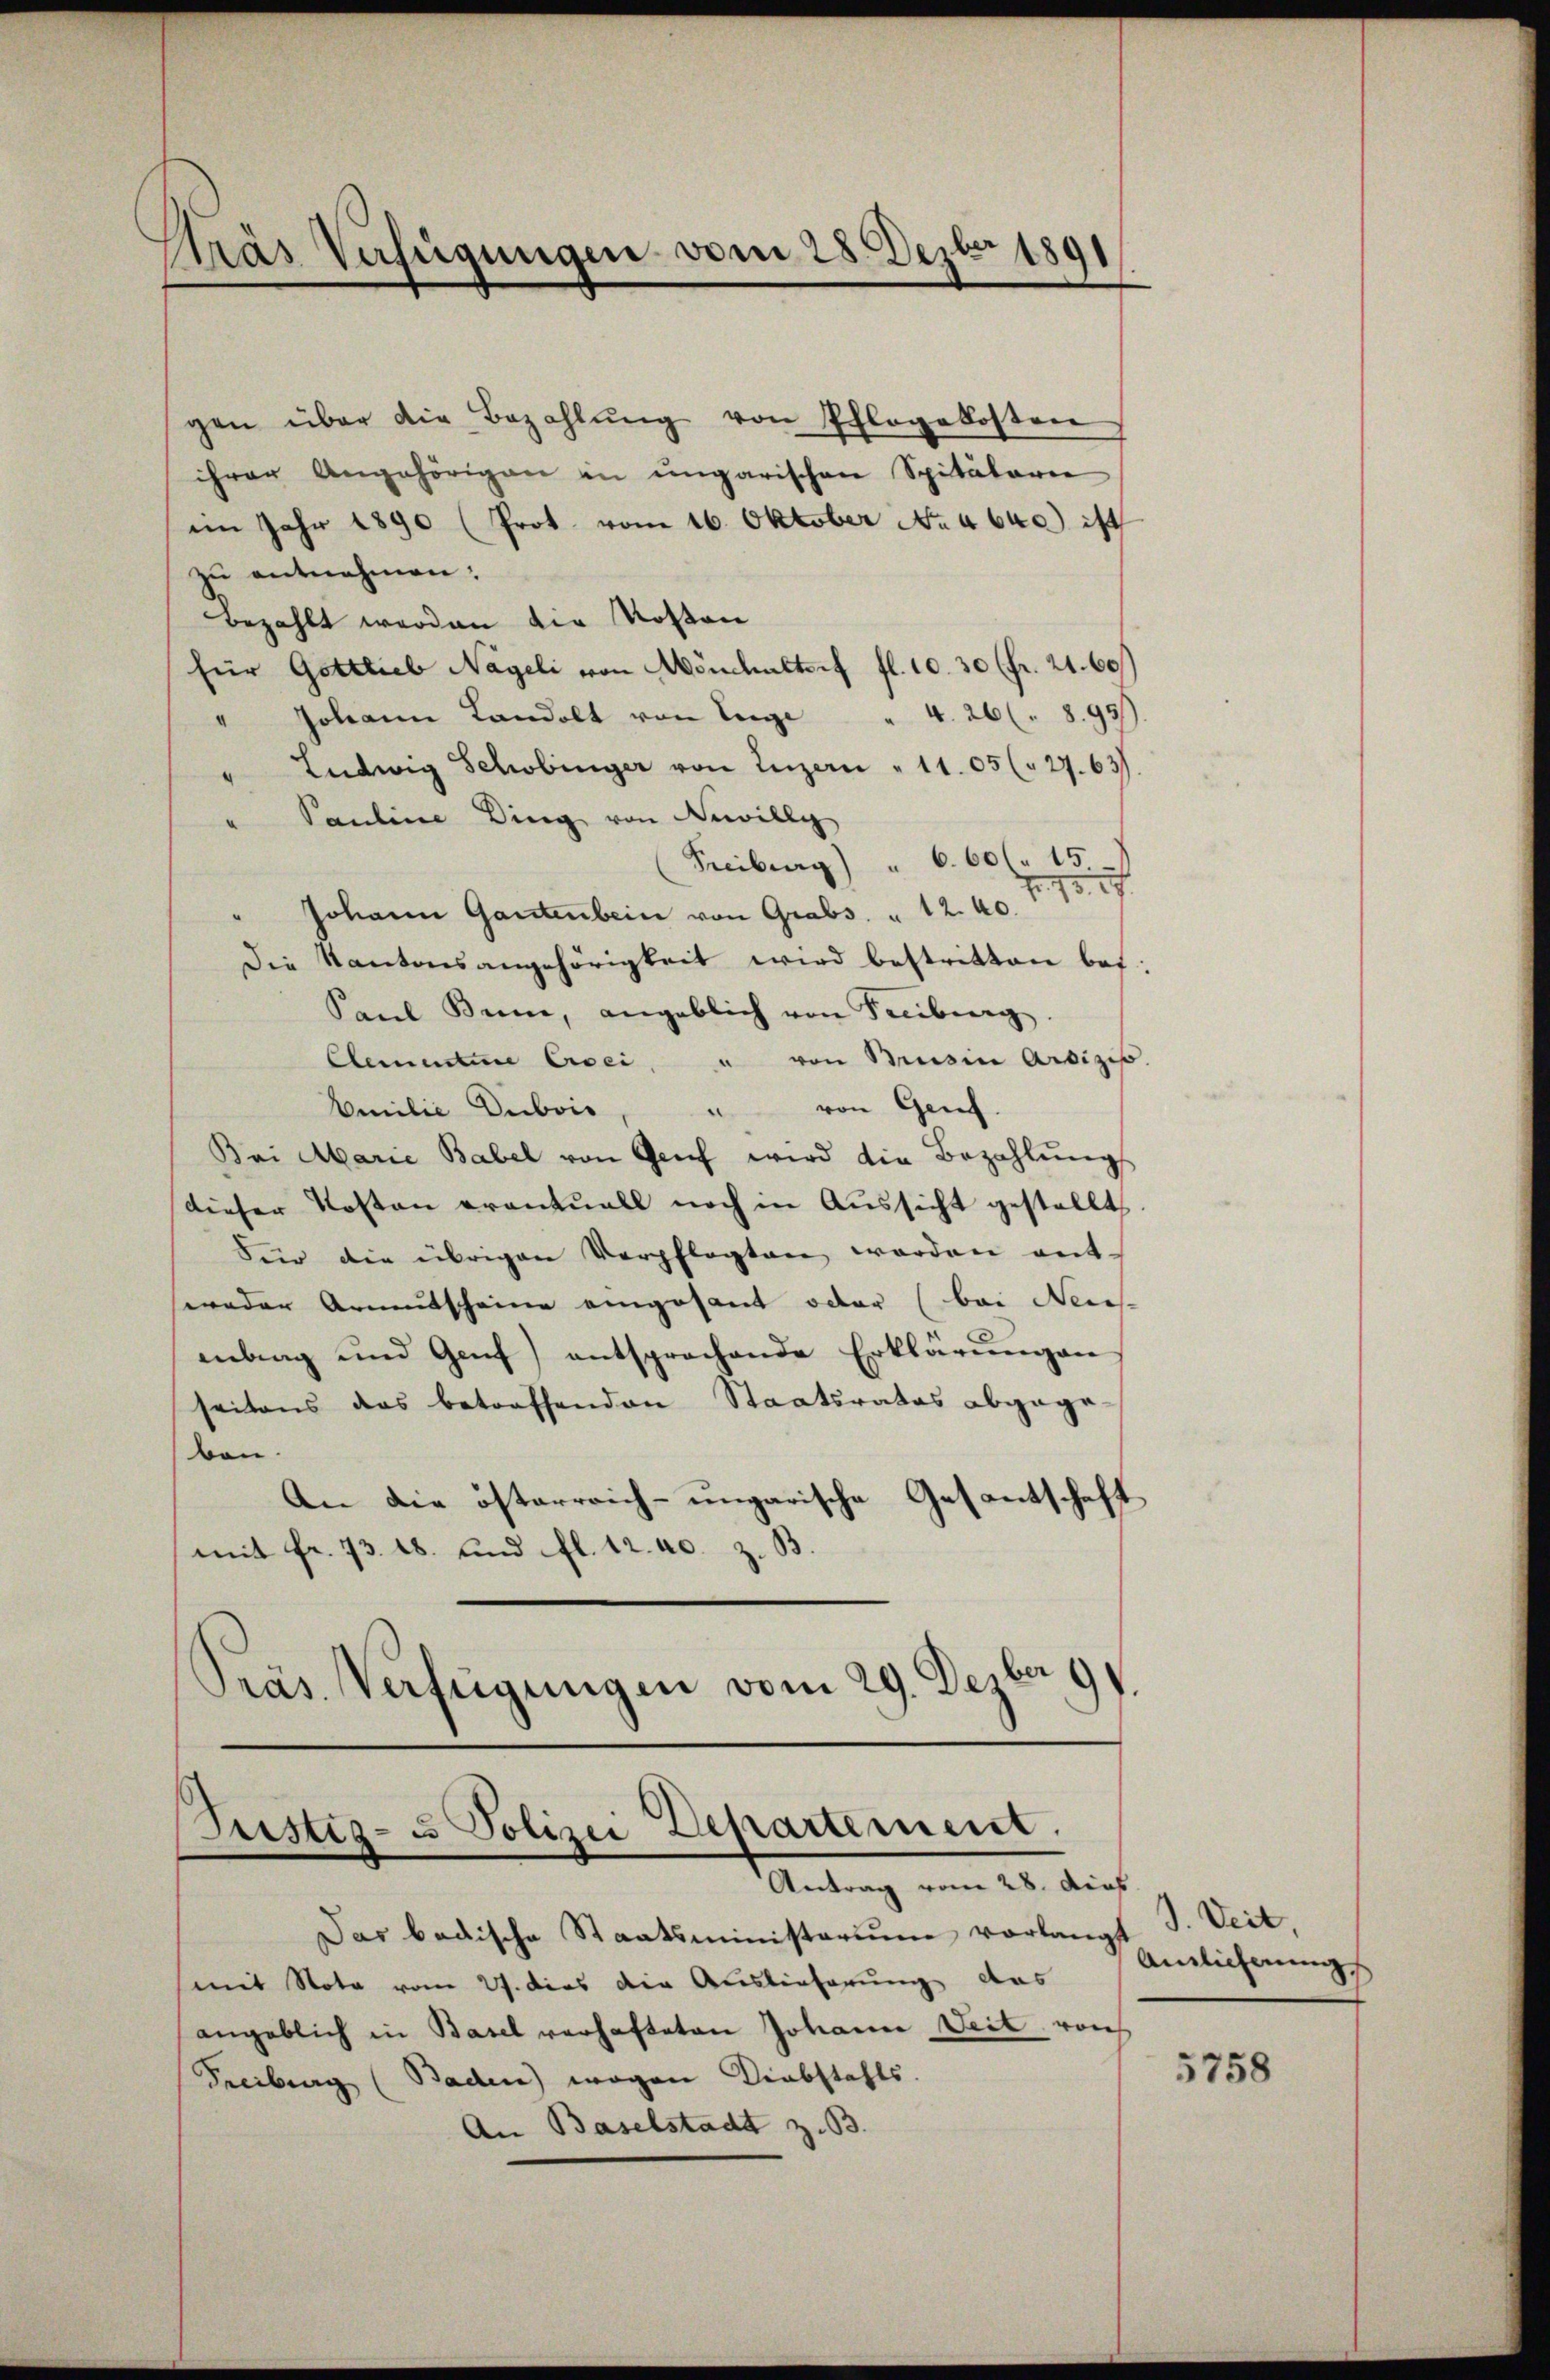
Krás Verfügungen vom 28 Dezbr 1891
e

gen über die Bezahlŭng von Pflegekosten
ihrer Angehörigen in ungarischen Spitalarie
im Jahr 1890 (Prot. vom 16. Oktober No. 4640.) ist
zu entnehmen:
bezahlt werden die Kosten
für Gottlieb Nägeli von Mönchaltorf fl. 10. 30 (fr. 21. 60
" Johann Landolt von Euge " 4. 26 (895)
Ludwig Schobinger von Luzern " 1105 (" 27. 63.
Pauline Ding von Newilly
Freiburg) " 6. 60 f 15.
Johann Gantenbein von Grabs, " 12. 40.
Die Kantonsangehörigkeit wird bestritten bef
Paŭl Bume, angeblich von Freiburg.
Clementire Eisei, u von Busin Ardizis
von Genf.
¬
Emilie Dubois
Bei Marie Babel von Geif wird die Bezahlungs
dieser Kosten eventuell noch in Aussicht gestellt
Sin die übrigen Verpflegten werden ant-
weder Armutscheine eingesant oder (bei Neues
entrag und Genf) entsprochende Erklärŭngen
seitens das betreffenden Staatsrates abgege
ben.
An die österreich-ungarische Gesantschaft
mit Fr. 73. 18. und fl. 12. 40. Z.
Präs. Verfügungen vom 29. Dezber 99.

ustiz- u Polizei Departement.
Antrag vom 28. dies

Das badische Staatsministerium vorlangt J. Veit,
mit Nota vom 27. dies die Auslieferung das
angeblich in Basel verhafteten Johann Veit, von
Freiburg (Baden) wegen Diebstahls.
An Baselstadt z. B.

Anslicherung

5758